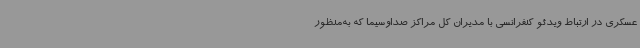
عسکری در ارتباط ویدئو کنفرانسی با مدیران کل مراکز صداوسیما که به‌منظور